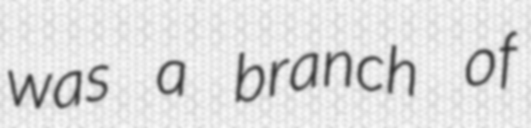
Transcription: was a branch of